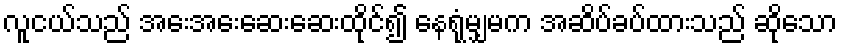
လူငယ်သည် အေးအေးဆေးဆေးထိုင်၍ နေရုံမျှမက အဆိပ်ခပ်ထားသည် ဆိုသော